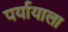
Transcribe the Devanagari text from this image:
पर्यायाला